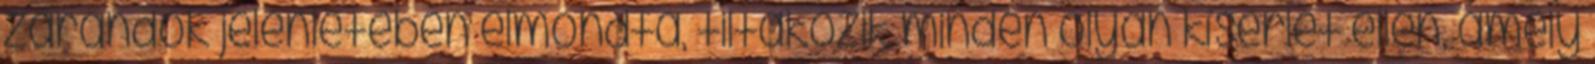
zarándok jelenlétében elmondta, tiltakozik minden olyan kísérlet ellen, amely